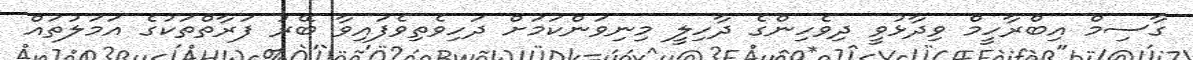
ގާސިމް އިބްރާހީމް ވިދާޅުވީ ދިވެހިންގެ ދާހިލީ މިނިވަންކަމަށް ދަހިވެތިވެފައިވާ ބޭރު ފަރާތްތަކުގެ އަމަލުތައް